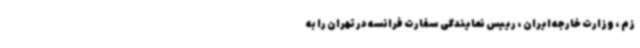
زم ، وزارت خارجه ایران ، رییس نمایندگی سفارت فرانسه در تهران را به